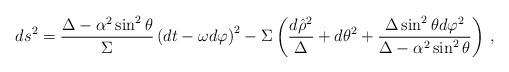
LaTeX: \begin{align*}ds^{2} = \frac{\Delta -\alpha^{2}\sin^{2}\theta}{\Sigma}\left( dt -\omega d\varphi \right)^{2} -\Sigma \left(\frac{d\hat{\rho}^{2}}{\Delta} +d\theta^{2} +\frac{\Delta\sin^{2}\theta d\varphi^{2}}{\Delta-\alpha^{2}\sin^{2}\theta}\right)\, ,\end{align*}